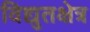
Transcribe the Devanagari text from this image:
विद्युतक्षेत्र